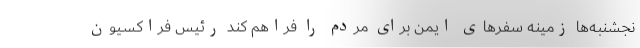
نجشنبه‌ها زمینه سفر‌های ایمن برای مردم را فراهم کند رئیس فراکسیون